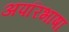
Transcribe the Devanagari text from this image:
अपरिभाषा